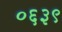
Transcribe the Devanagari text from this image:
०६३९